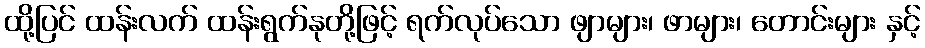
ထို့ပြင် ထန်းလက် ထန်းရွက်နုတို့ဖြင့် ရက်လုပ်သော ဖျာများ၊ ဖာများ၊ တောင်းများ နှင့်